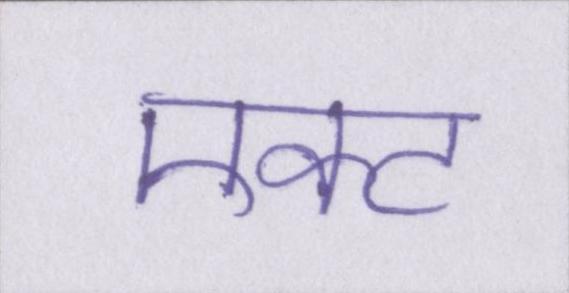
एक्ट